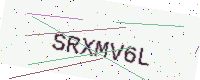
Text: SRXMV6L